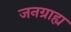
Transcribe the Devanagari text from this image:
जनग्राह्य